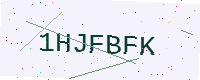
Text: 1HJFBFK